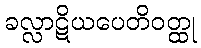
ခလ္လာဋိယပေတိဝတ္ထု